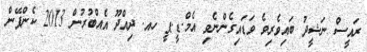
ރައީސް ނަޝީދު ބައިވެރިވެ ވަޑައިގެންނެވި އެމް.ޑީ.ޕީ ހއ. ދިއްދޫ އެއްބުރުން 2013 ކެންޕޭން